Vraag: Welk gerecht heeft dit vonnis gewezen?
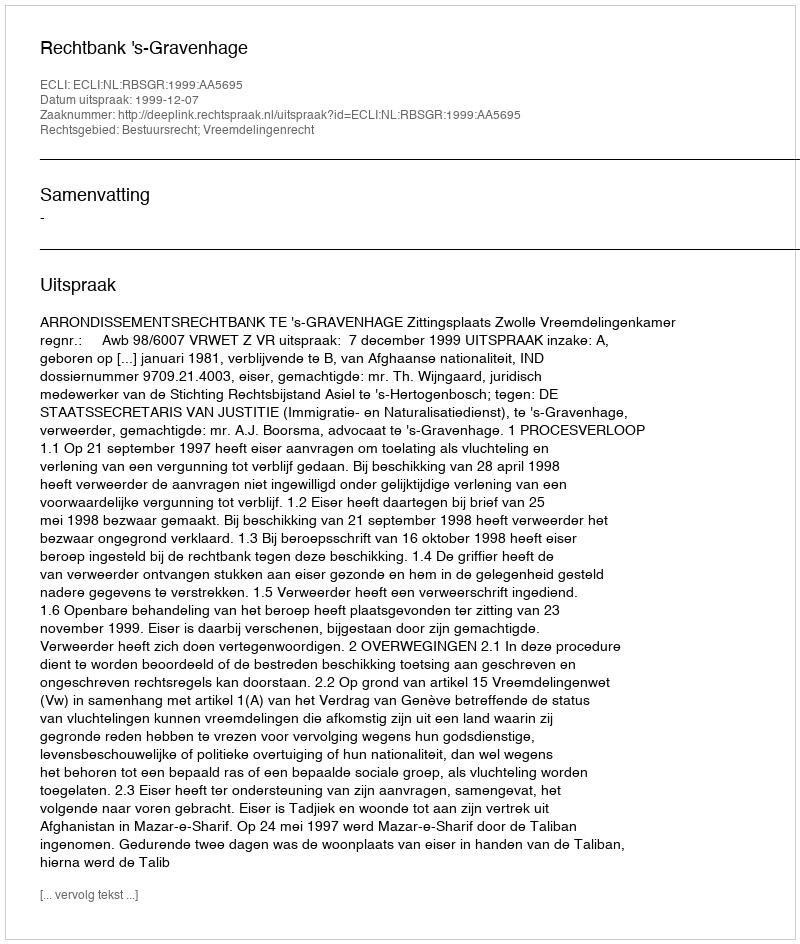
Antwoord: Rechtbank 's-Gravenhage